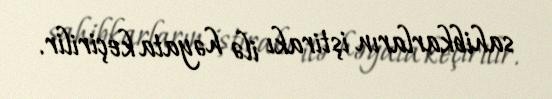
sahibkarların iştirakı ilə həyata keçirilir.